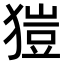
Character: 𤠲